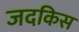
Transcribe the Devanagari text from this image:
जदकिस